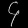
Digit: ၄